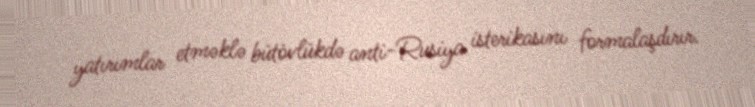
yatırımlar etməklə bütövlükdə anti-Rusiya isterikasını formalaşdırır.